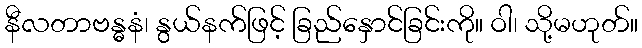
နီလတာဗန္ဓနံ၊ နွယ်နက်ဖြင့် ခြည်နှောင်ခြင်းကို။ ဝါ၊ သို့မဟုတ်။